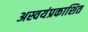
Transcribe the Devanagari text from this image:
अस्वयंप्रकाशित